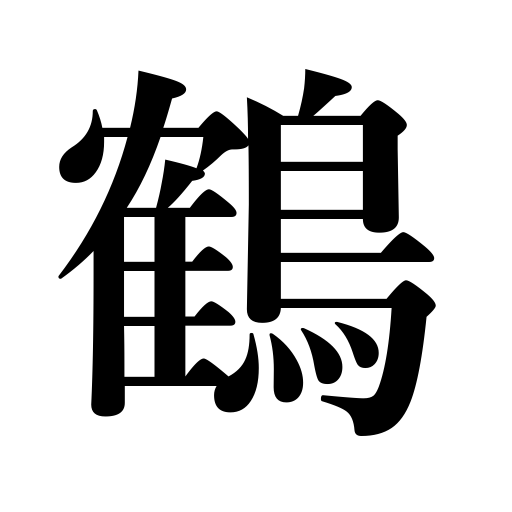
Meanings: stork,crane